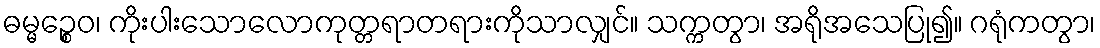
ဓမ္မဉ္စေဝ၊ ကိုးပါးသောလောကုတ္တရာတရားကိုသာလျှင်။ သက္ကတွာ၊ အရိုအသေပြု၍။ ဂရုံကတွာ၊